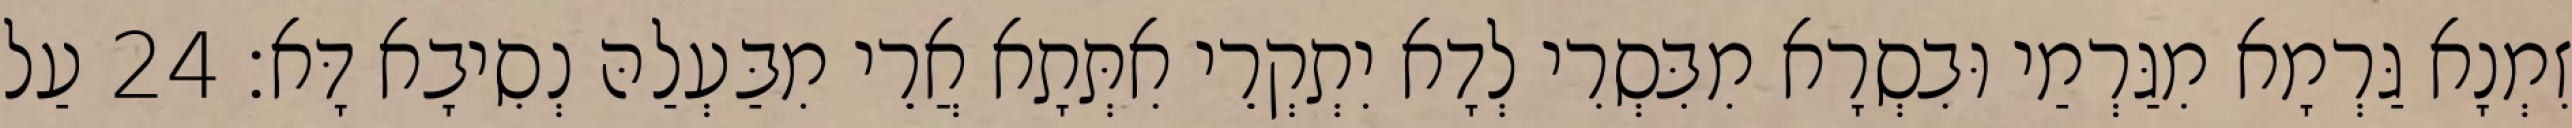
זִמְנָא גַּרְמָא מִגַּרְמַי וּבִסְרָא מִבִּסְרִי לְדָא יִתְקְרֵי אִתְּתָא אֲרֵי מִבַּעְלַהּ נְסִיבָא דָּא׃ 24 עַל